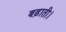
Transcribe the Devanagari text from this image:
बढ़ाती।